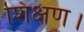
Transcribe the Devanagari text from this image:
शिक्षण।